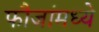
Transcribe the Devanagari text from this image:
फौजांमध्ये